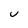
Character: U